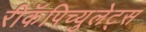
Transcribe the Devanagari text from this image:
रीकॅपिच्युलेट्स